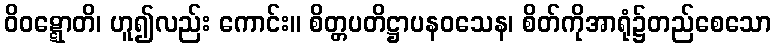
ဝိဝဋ္ဋောတိ၊ ဟူ၍လည်း ကောင်း။ စိတ္တပတိဋ္ဌာပနဝသေန၊ စိတ်ကိုအာရုံ၌တည်စေသော